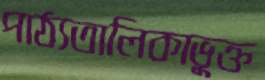
পাঠ্যতালিকাভুক্ত